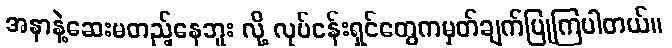
အနာနဲ့ဆေးမတည့်နေဘူး လို့ လုပ်ငန်းရှင်တွေကမှတ်ချက်ပြုကြပါတယ်။